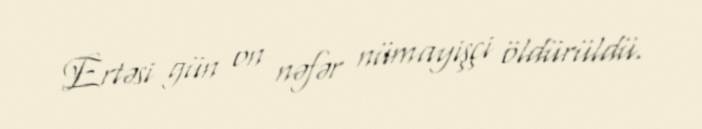
Ertəsi gün on nəfər nümayişçi öldürüldü.